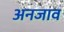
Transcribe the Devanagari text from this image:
अनजाव